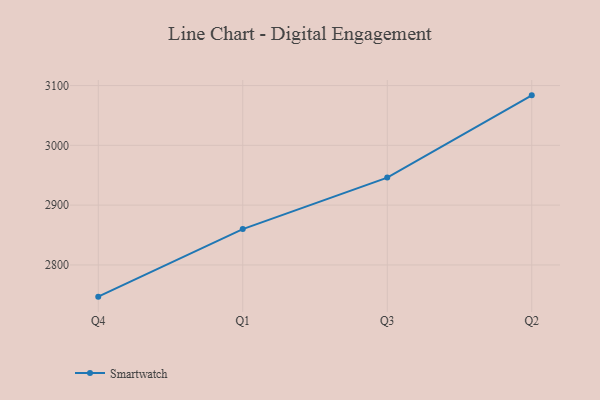
{"axis": {"x": "Quarter", "y": "Website Visitors"}, "legend": ["Smartwatch"], "data": [{"x": "Q4", "y": 2747.0, "type": "Smartwatch"}, {"x": "Q1", "y": 2860.0, "type": "Smartwatch"}, {"x": "Q3", "y": 2946.1, "type": "Smartwatch"}, {"x": "Q2", "y": 3083.6, "type": "Smartwatch"}]}